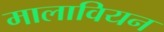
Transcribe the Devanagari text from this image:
मालावियन